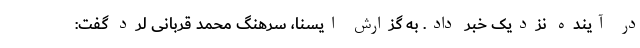
در آینده نزدیک خبر داد. به گزارش ایسنا، سرهنگ محمد قربانی لرد گفت: